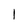
Character: 1